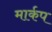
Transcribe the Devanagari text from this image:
मार्कप